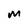
Character: M